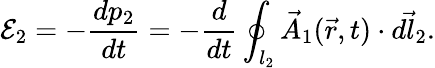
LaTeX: \mathcal E_{2}=-\frac{dp_{2}}{dt}=-\frac{d}{dt}\oint_{l_{2}}\vec{A}_{1}(\vec{r},t)\cdot\vec{d{l_{2}}}.